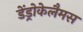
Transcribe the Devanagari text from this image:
डेंड्रोकेलैमस